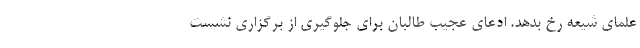
علمای شیعه رخ بدهد. ادعای عجیب طالبان برای جلوگیری از برگزاری نشست